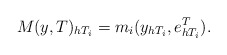
\begin{align*} M(y,T)_{h T_i} = m_i(y_{h T_i},e^T_{h T_i}). \end{align*}